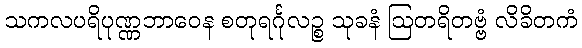
သကလပရိပုဏ္ဏဘာဝေန စတုရင်္ဂုလဉ္စ သုခနံ ဩတရိတဗ္ဗံ လိခိတကံ